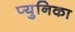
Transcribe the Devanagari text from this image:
प्युनिका